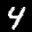
Label: 4